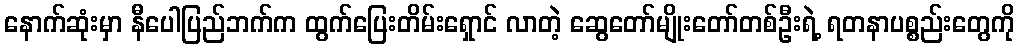
နောက်ဆုံးမှာ နီပေါပြည်ဘက်က ထွက်ပြေးတိမ်းရှောင် လာတဲ့ ဆွေတော်မျိုးတော်တစ်ဦးရဲ့ ရတနာပစ္စည်းတွေကို